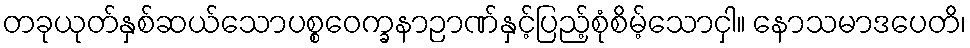
တခုယုတ်နှစ်ဆယ်သောပစ္စဝေက္ခနာဉာဏ်နှင့်ပြည့်စုံစိမ့်သောငှါ။ နောသမာဒပေတိ၊